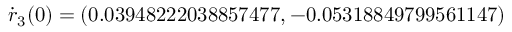
\dot { \boldsymbol { r } } _ { 3 } ( 0 ) = ( 0 . 0 3 9 4 8 2 2 2 0 3 8 8 5 7 4 7 7 , - 0 . 0 5 3 1 8 8 4 9 7 9 9 5 6 1 1 4 7 )